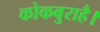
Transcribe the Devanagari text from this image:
कोकबुराहै।